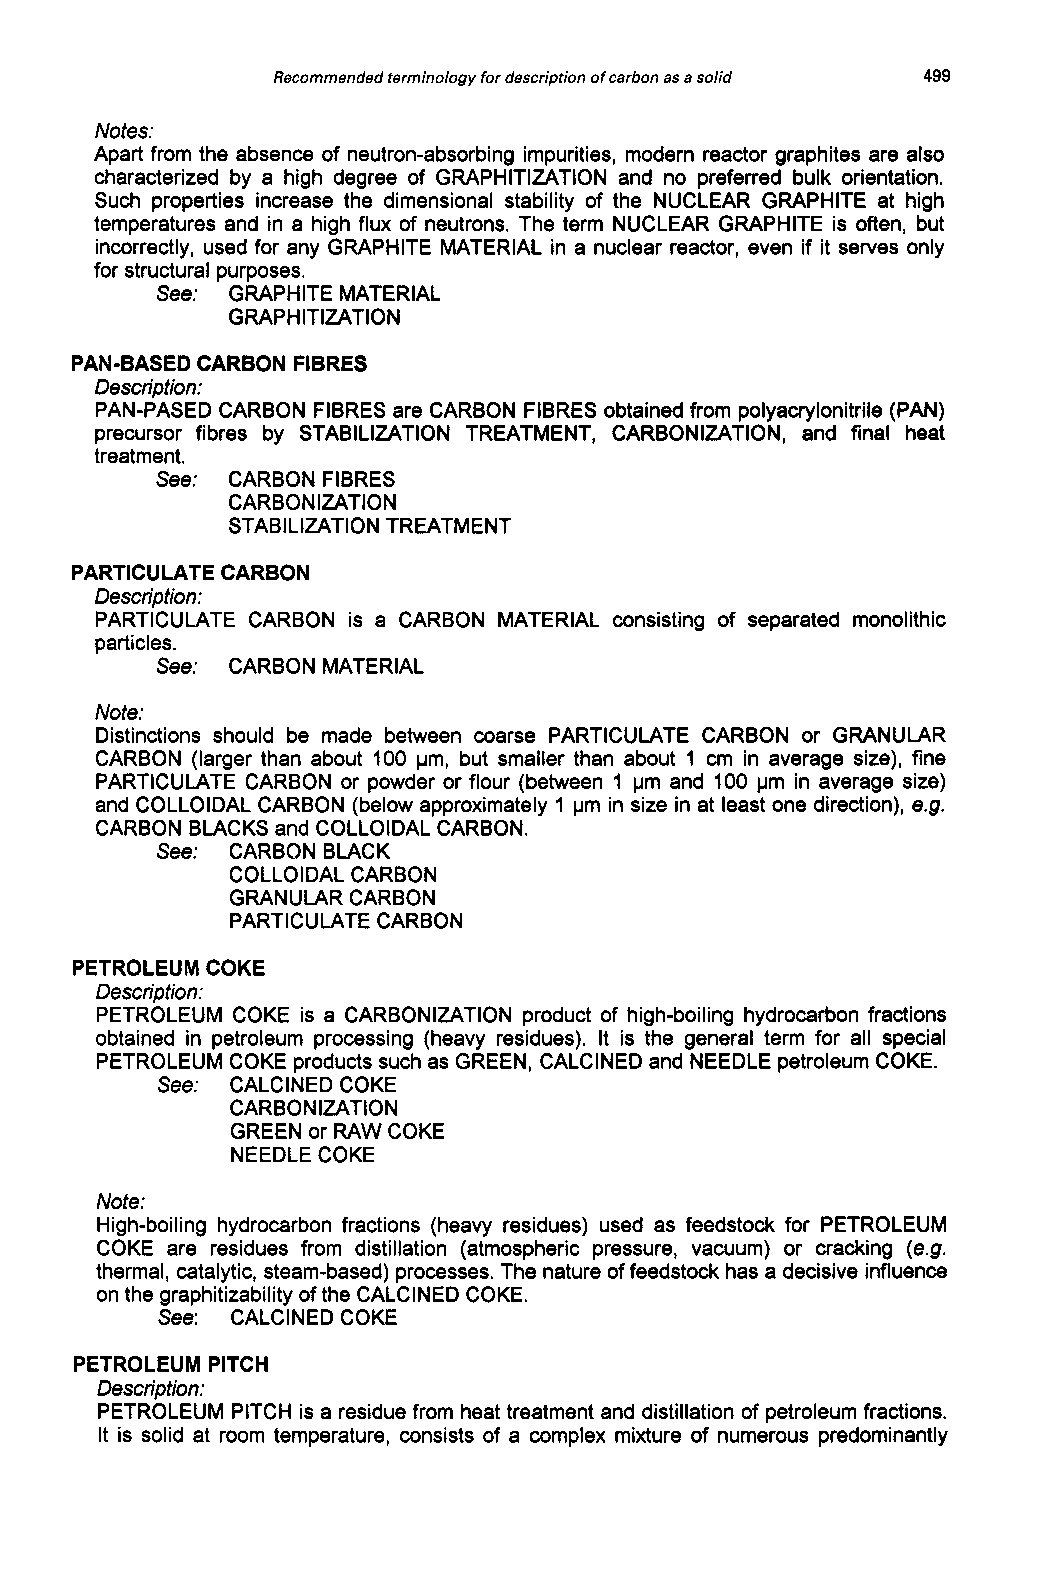
Recommended terminology for description of carbon as a solid 499
 Notes:
 Apart from the absence of neutron-absorbing impurities, modern reactor graphites are also
 characterized by a high degree of GRAPHITIZATION and no preferred bulk orientation.
 Such properties increase the dimensional stability of the NUCLEAR GRAPHITE at high
 temperatures and in a high flux of neutrons. The term NUCLEAR GRAPHITE is often, but
 incorrectly, used for any GRAPHITE MATERIAL in a nuclear reactor, even if it serves only
 for structural purposes.
 See: GRAPHITE MATERIAL
 GRAPHITIZATION
 PAN-BASED CARBON FIBRES
 Description:
 PAN-PASED CARBON FIBRES are CARBON FIBRES obtained from polyacrylonitrile (PAN)
 precursor fibres by STABILIZATION TREATMENT, CARBONIZATION, and final heat
 treatment.
 See: CARBON FIBRES
 CARBONIZATION
 STABI L IZATI 0 N TREATME N T
 PARTICULATE CARBON
 Description:
 PARTICULATE CARBON is a CARBON MATERIAL consisting of separated monolithic
 particles.
 See: CARBON MATERIAL
 Note:
 Distinctions should be made between coarse PARTICULATE CARBON or GRANULAR
 CARBON (larger than about 100 pm, but smaller than about 1 cm in average size), fine
 PARTICULATE CARBON or powder or flour (between 1 pm and 100 pm in average size)
 and COLLOIDAL CARBON (below approximately 1 pm in size in at least one direction), e.g.
 CARBON BLACKS and COLLOIDAL CARBON.
 See: CARBON BLACK
 COLLOIDAL CARBON
 GRANULAR CARBON
 PARTICULATE CARBON
 PETROLEUM COKE
 Description:
 PETROLEUM COKE is a CARBONIZATION product of high-boiling hydrocarbon fractions
 obtained in petroleum processing (heavy residues). It is the general term for all special
 PETROLEUM COKE products such as GREEN, CALCINED and NEEDLE petroleum COKE.
 See: CALCINED COKE
 CARBONIZATION
 GREEN or RAW COKE
 NEEDLE COKE
 Note:
 High-boiling hydrocarbon fractions (heavy residues) used as feedstock for PETROLEUM
 COKE are residues from distillation (atmospheric pressure, vacuum) or cracking (e.g.
 thermal, catalytic, steam-based) processes. The nature of feedstock has a decisive influence
 on the graphitizability of the CALCINED COKE.
 See: CALCINED COKE
 PETROLEUM PITCH
 Description:
 PETROLEUM PITCH is a residue from heat treatment and distillation of petroleum fractions.
 It is solid at room temperature, consists of a complex mixture of numerous predominantly